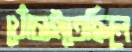
খোঁচাইতেছিলে